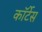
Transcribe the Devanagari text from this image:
कॉर्टेस